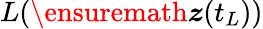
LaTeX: L(\ensuremath{\boldsymbol{z}}(t_{L}))